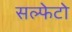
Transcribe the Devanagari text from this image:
सल्फेटो